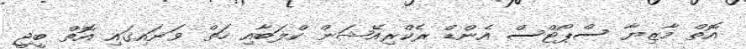
އޮތް މާޒިޔާ ސްޕޯޓްސް އެންޑް ރެކްރިއޭޝަން ކްލަބާއި ހަތް ވަނައިގައި އޮތް ބީޖީ